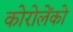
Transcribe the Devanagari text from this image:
कोरोलेंको